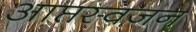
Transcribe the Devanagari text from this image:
आप्तस्वजन